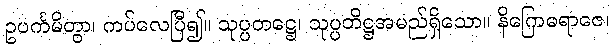
ဥပင်္ကမိတွာ၊ ကပ်လေပြီ၍။ သုပ္ပတဋ္ဌေ၊ သုပ္ပတိဋ္ဌအမည်ရှိသော။ နိဂြောဓရာဇေ၊